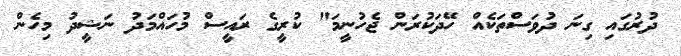
ދުރުގައި ގިނަ ދުވަސްތަކެއް ހޭދަކުރަން ޖެހުނީމަ" ކުރީގެ ރައީސް މުހައްމަދު ނަޝީދު މިހެން